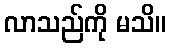
လာသည်ကို မသိ။